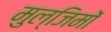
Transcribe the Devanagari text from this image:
मुल्जिमों